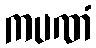
ကပဏံ